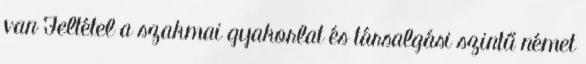
van Feltétel a szakmai gyakorlat és társalgási szintű német